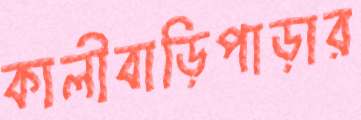
কালীবাড়িপাড়ার